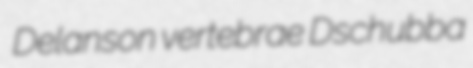
Delanson vertebrae Dschubba